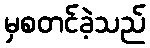
မှစတင်ခဲ့သည်